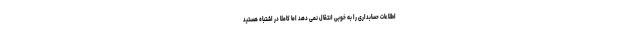
اطلاعات حسابداری را به خوبی انتقال نمی دهد اما کاملاً در اشتباه هستید